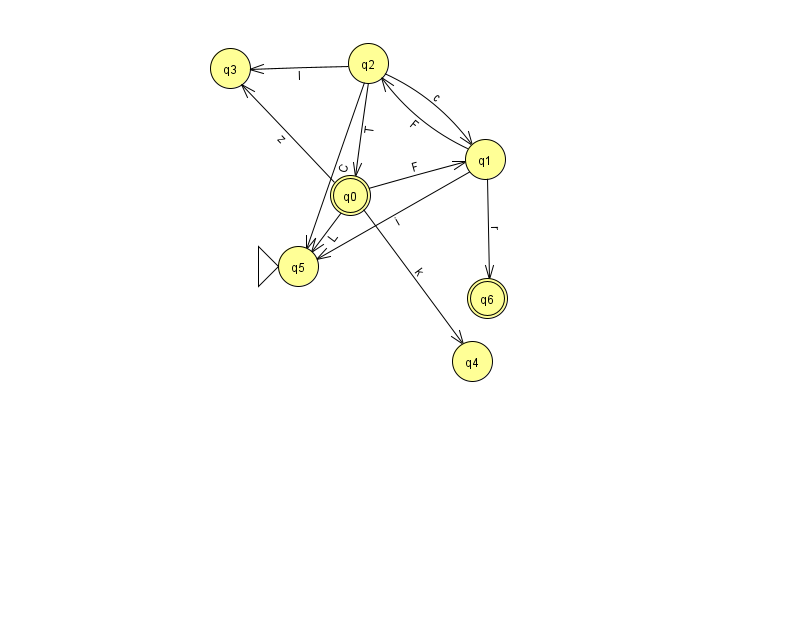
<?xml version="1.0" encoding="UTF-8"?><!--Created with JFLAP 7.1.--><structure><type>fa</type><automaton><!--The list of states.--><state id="0" name="q0"><x>350.0</x><y>182.0</y><final/></state><state id="1" name="q1"><x>485.0</x><y>146.0</y></state><state id="2" name="q2"><x>368.0</x><y>50.0</y></state><state id="3" name="q3"><x>230.0</x><y>55.0</y></state><state id="4" name="q4"><x>472.0</x><y>348.0</y></state><state id="5" name="q5"><x>298.0</x><y>253.0</y><initial/></state><state id="6" name="q6"><x>487.0</x><y>285.0</y><final/></state><!--The list of transitions.--><transition><from>0</from><to>5</to><read>L</read></transition><transition><from>2</from><to>5</to><read>C</read></transition><transition><from>0</from><to>1</to><read>F</read></transition><transition><from>2</from><to>3</to><read>l</read></transition><transition><from>1</from><to>5</to><read>i</read></transition><transition><from>1</from><to>6</to><read>r</read></transition><transition><from>1</from><to>2</to><read>F</read></transition><transition><from>2</from><to>0</to><read>T</read></transition><transition><from>0</from><to>3</to><read>z</read></transition><transition><from>0</from><to>4</to><read>k</read></transition><transition><from>2</from><to>1</to><read>c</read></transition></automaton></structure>